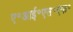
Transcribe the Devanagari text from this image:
ए॰आई॰एस॰एफ॰